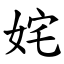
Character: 姹